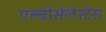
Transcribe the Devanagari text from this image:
एल्बीसेलेस्टेस